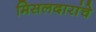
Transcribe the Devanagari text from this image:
मिसलदारांचे